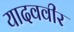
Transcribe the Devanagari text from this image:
यादववीर